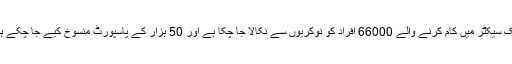
پبلک سیکٹر میں کام کرنے والے 66000 افراد کو نوکریوں سے نکالا جا چکا ہے اور 50 ہزار کے پاسپورٹ منسوخ کیے جا چکے ہیں۔